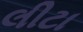
લીટા